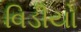
વિડીયો